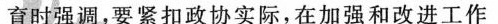
育时强调，要紧扣政协实际，在加强和改进工作